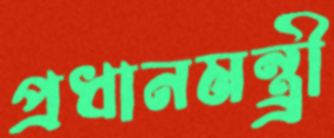
প্রধানমন্ত্র্রী